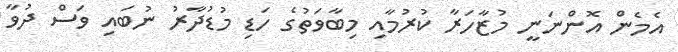
އެމެން އޮންނަނީ މުޒާހަރާ ކުރުމާއި މިބާވަތުގެ ހަޑި މުޑުދާރު ނުބައި ވަސް ދުވާ